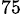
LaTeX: ^{75}